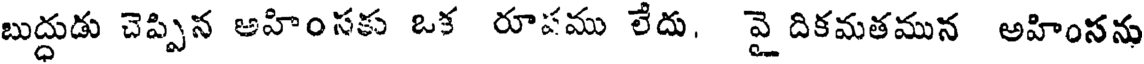
బుద్దుడు చెప్పిన అహింసకు ఒక రూపము లేదు, వై దికమతమున అహింసను